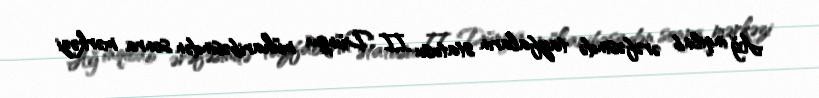
Ağ inqilab ərəfəsində tayfaların statusu II Dünya müharibəsindən sonra mərkəzi